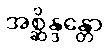
အစ္ဆိန္ဒန္တော